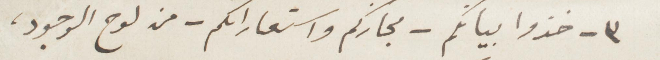
٣ - خذوا بيانكم - مجازكم واستعاراتكم - من لوح الوجود،